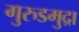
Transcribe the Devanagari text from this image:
गुरुडमुद्रा